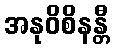
အနုဝိစိနန္တီ